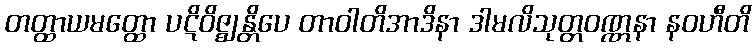
တတ္ထာယမတ္ထော ပဋိဝိဇ္ဈန္တိပေ တာဝါတိအာဒိနာ ဒါမလိသုတ္တဝဏ္ဏနာ နဝဟီတိ